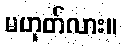
မဟုတ်လား။